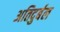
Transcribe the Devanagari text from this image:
अतिदुर्बल